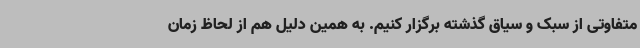
متفاوتی از سبک و سیاق گذشته برگزار کنیم. به همین دلیل هم از لحاظ زمان